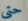
حتى